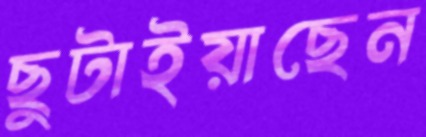
ছুটাইয়াছেন